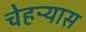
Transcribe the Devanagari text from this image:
चेहऱ्यास